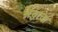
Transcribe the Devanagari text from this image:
श्रद्धाचा